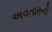
અવતારનો